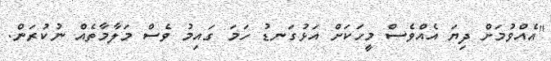
"އެއްވުމަށް ދިޔަ އެއްވެސް މީހަކަށް އަޅުގަނޑު ހަމަ ގައިމު ވެސް މަލާމާތެއް ނުކުރަން.